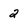
Character: 2